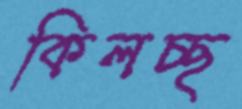
কিলচ্ছ